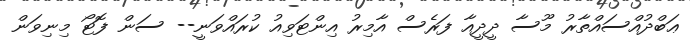
ޢަބްދުއްސައްތާރު މޫސާ ދީދީއާ ފަރެސް އާމިރު އިންޓަވިއު ކުރައްވަނީ-- ސަން ފޮޓޯ މިނިވަން